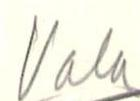
Vala